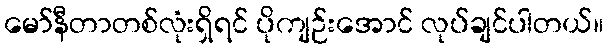
မော်နီတာတစ်လုံးရှိရင် ပိုကျဉ်းအောင် လုပ်ချင်ပါတယ်။